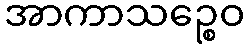
အာကာသဉ္စေဝ